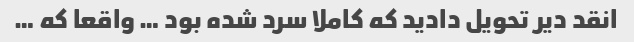
انقد دیر تحویل دادید که کاملا سرد شده بود … واقعا که …